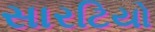
સારટિયો